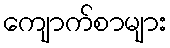
ကျောက်စာများ